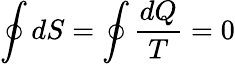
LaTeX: \oint dS=\oint{\frac{dQ}{T}}=0